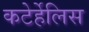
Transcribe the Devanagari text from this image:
कटेर्हेलिस